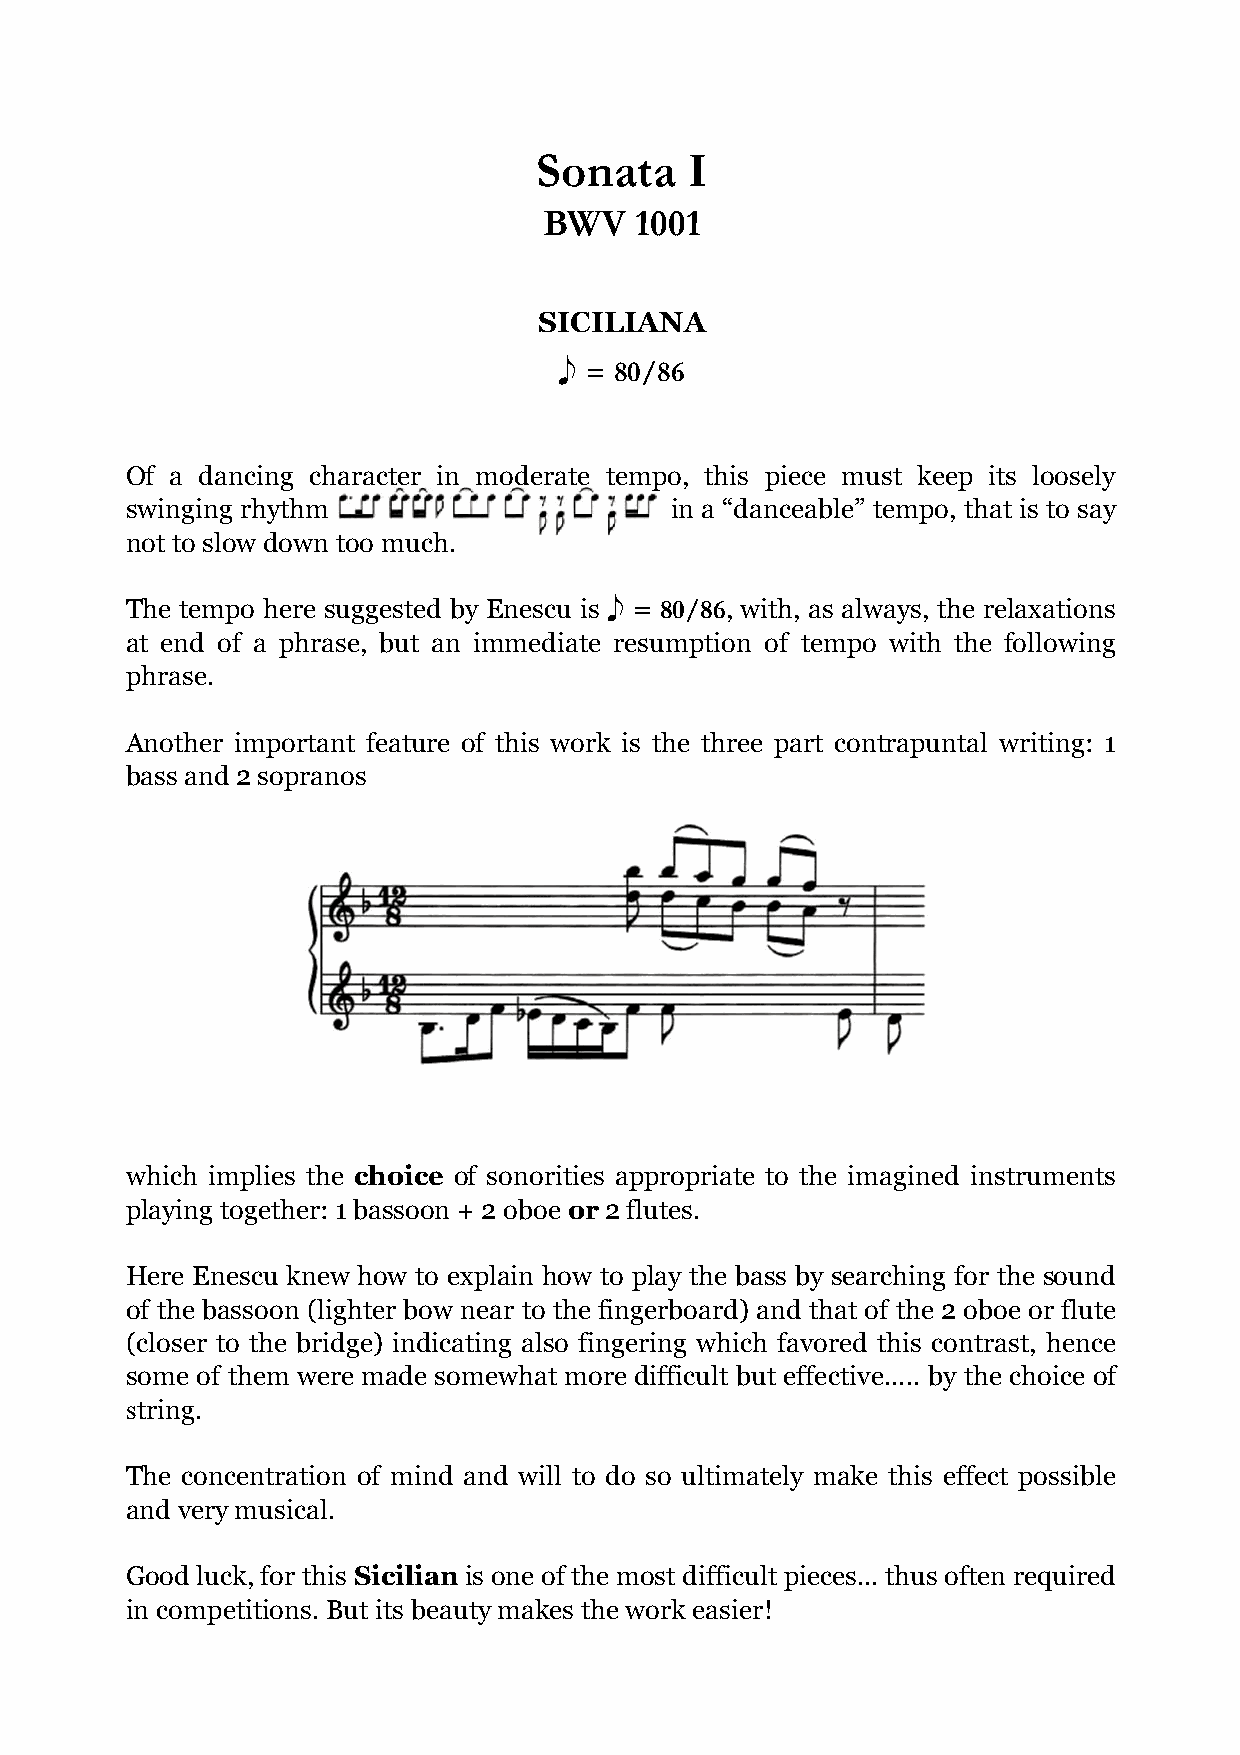
Sonata     I
 BWV   1001
 SICILIANA
 = 80/86
 e
 Of a dancing character in moderate tempo, this piece must keep its loosely
 swinging rhythm                     in a “danceable” tempo, that is to say
 not to slow down too much.
 The tempo here suggested by Enescu is = 80/86, with, as always, the relaxations
 at end of a phrase, but an immediate eresumption of tempo with the following
 phrase.
 Another important feature of this work is the three part contrapuntal writing: 1
 bass and 2 sopranos
 which implies the choice of sonorities appropriate to the imagined instruments
 playing together: 1 bassoon + 2 oboe or 2 flutes.
 Here Enescu knew how to explain how to play the bass by searching for the sound
 of the bassoon (lighter bow near to the fingerboard) and that of the 2 oboe or flute
 (closer to the bridge) indicating also fingering which favored this contrast, hence
 some of them were made somewhat more difficult but effective..... by the choice of
 string.
 The concentration of mind and will to do so ultimately make this effect possible
 and very musical.
 Good luck, for this Sicilian is one of the most difficult pieces... thus often required
 in competitions. But its beauty makes the work easier!